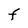
Character: F